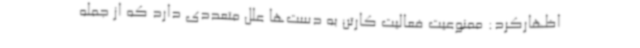
اظهارکرد: ممنوعیت فعالیت کارتن به دست‌ها علل متعددی دارد که از جمله